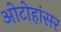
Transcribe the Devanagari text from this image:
ओटोहांसर